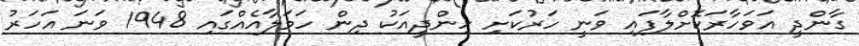
ގާންދީ އަވަހާރަކޮށްލާފައި ވަނީ ހަރުކަށި ހިންދީއަކު ދިން ހަމަލާއެއްގައި 1948 ވަނަ އަހަރު